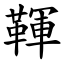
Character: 䩵